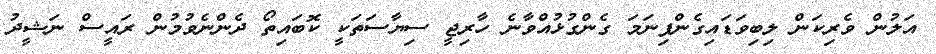
އަލުން ވެރިކަން ލިބިވަޑައިގެންފިނަމަ ގެންގުޅުއްވާނެ ހާރިޖީ ސިޔާސަތަކީ ކޮބައިތޯ ދެންނެވުމުން ރައީސް ނަޝީދު